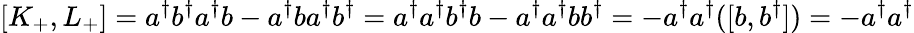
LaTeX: [K_{+},L_{+}]=a^{\dagger}b^{\dagger}a^{\dagger}b-a^{\dagger}ba^{\dagger}b^{\dagger}=a^{\dagger}a^{\dagger}b^{\dagger}b-a^{\dagger}a^{\dagger}bb^{\dagger}=-a^{\dagger}a^{\dagger}([b,b^{\dagger}])=-a^{\dagger}a^{\dagger}